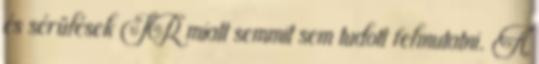
és sérülések IR miatt semmit sem tudott felmutatni. A